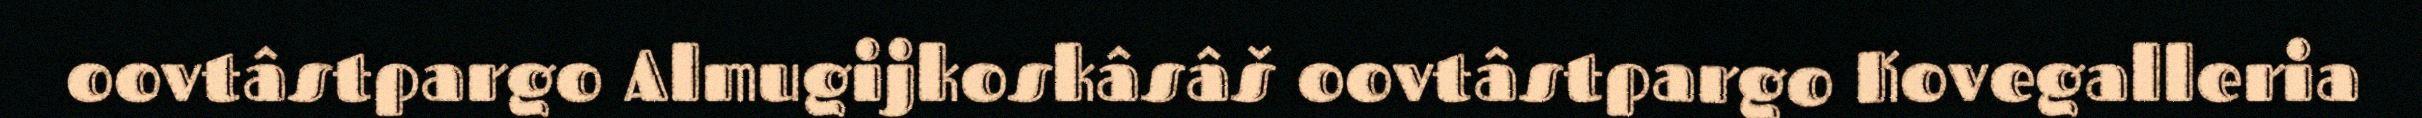
oovtâstpargo Almugijkoskâsâš oovtâstpargo Kovegalleria